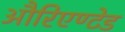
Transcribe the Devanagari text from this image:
औरिएण्टेड